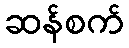
ဆန်စက်